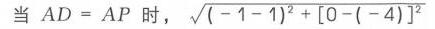
当 \(AD = AP\) 时，\(\sqrt{(-1 - 1)^2+[0 - (-4)]^2}\)